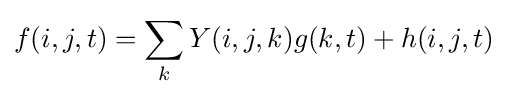
f(i,j,t)=\sum _{k}Y(i,j,k)g(k,t)+h(i,j,t)